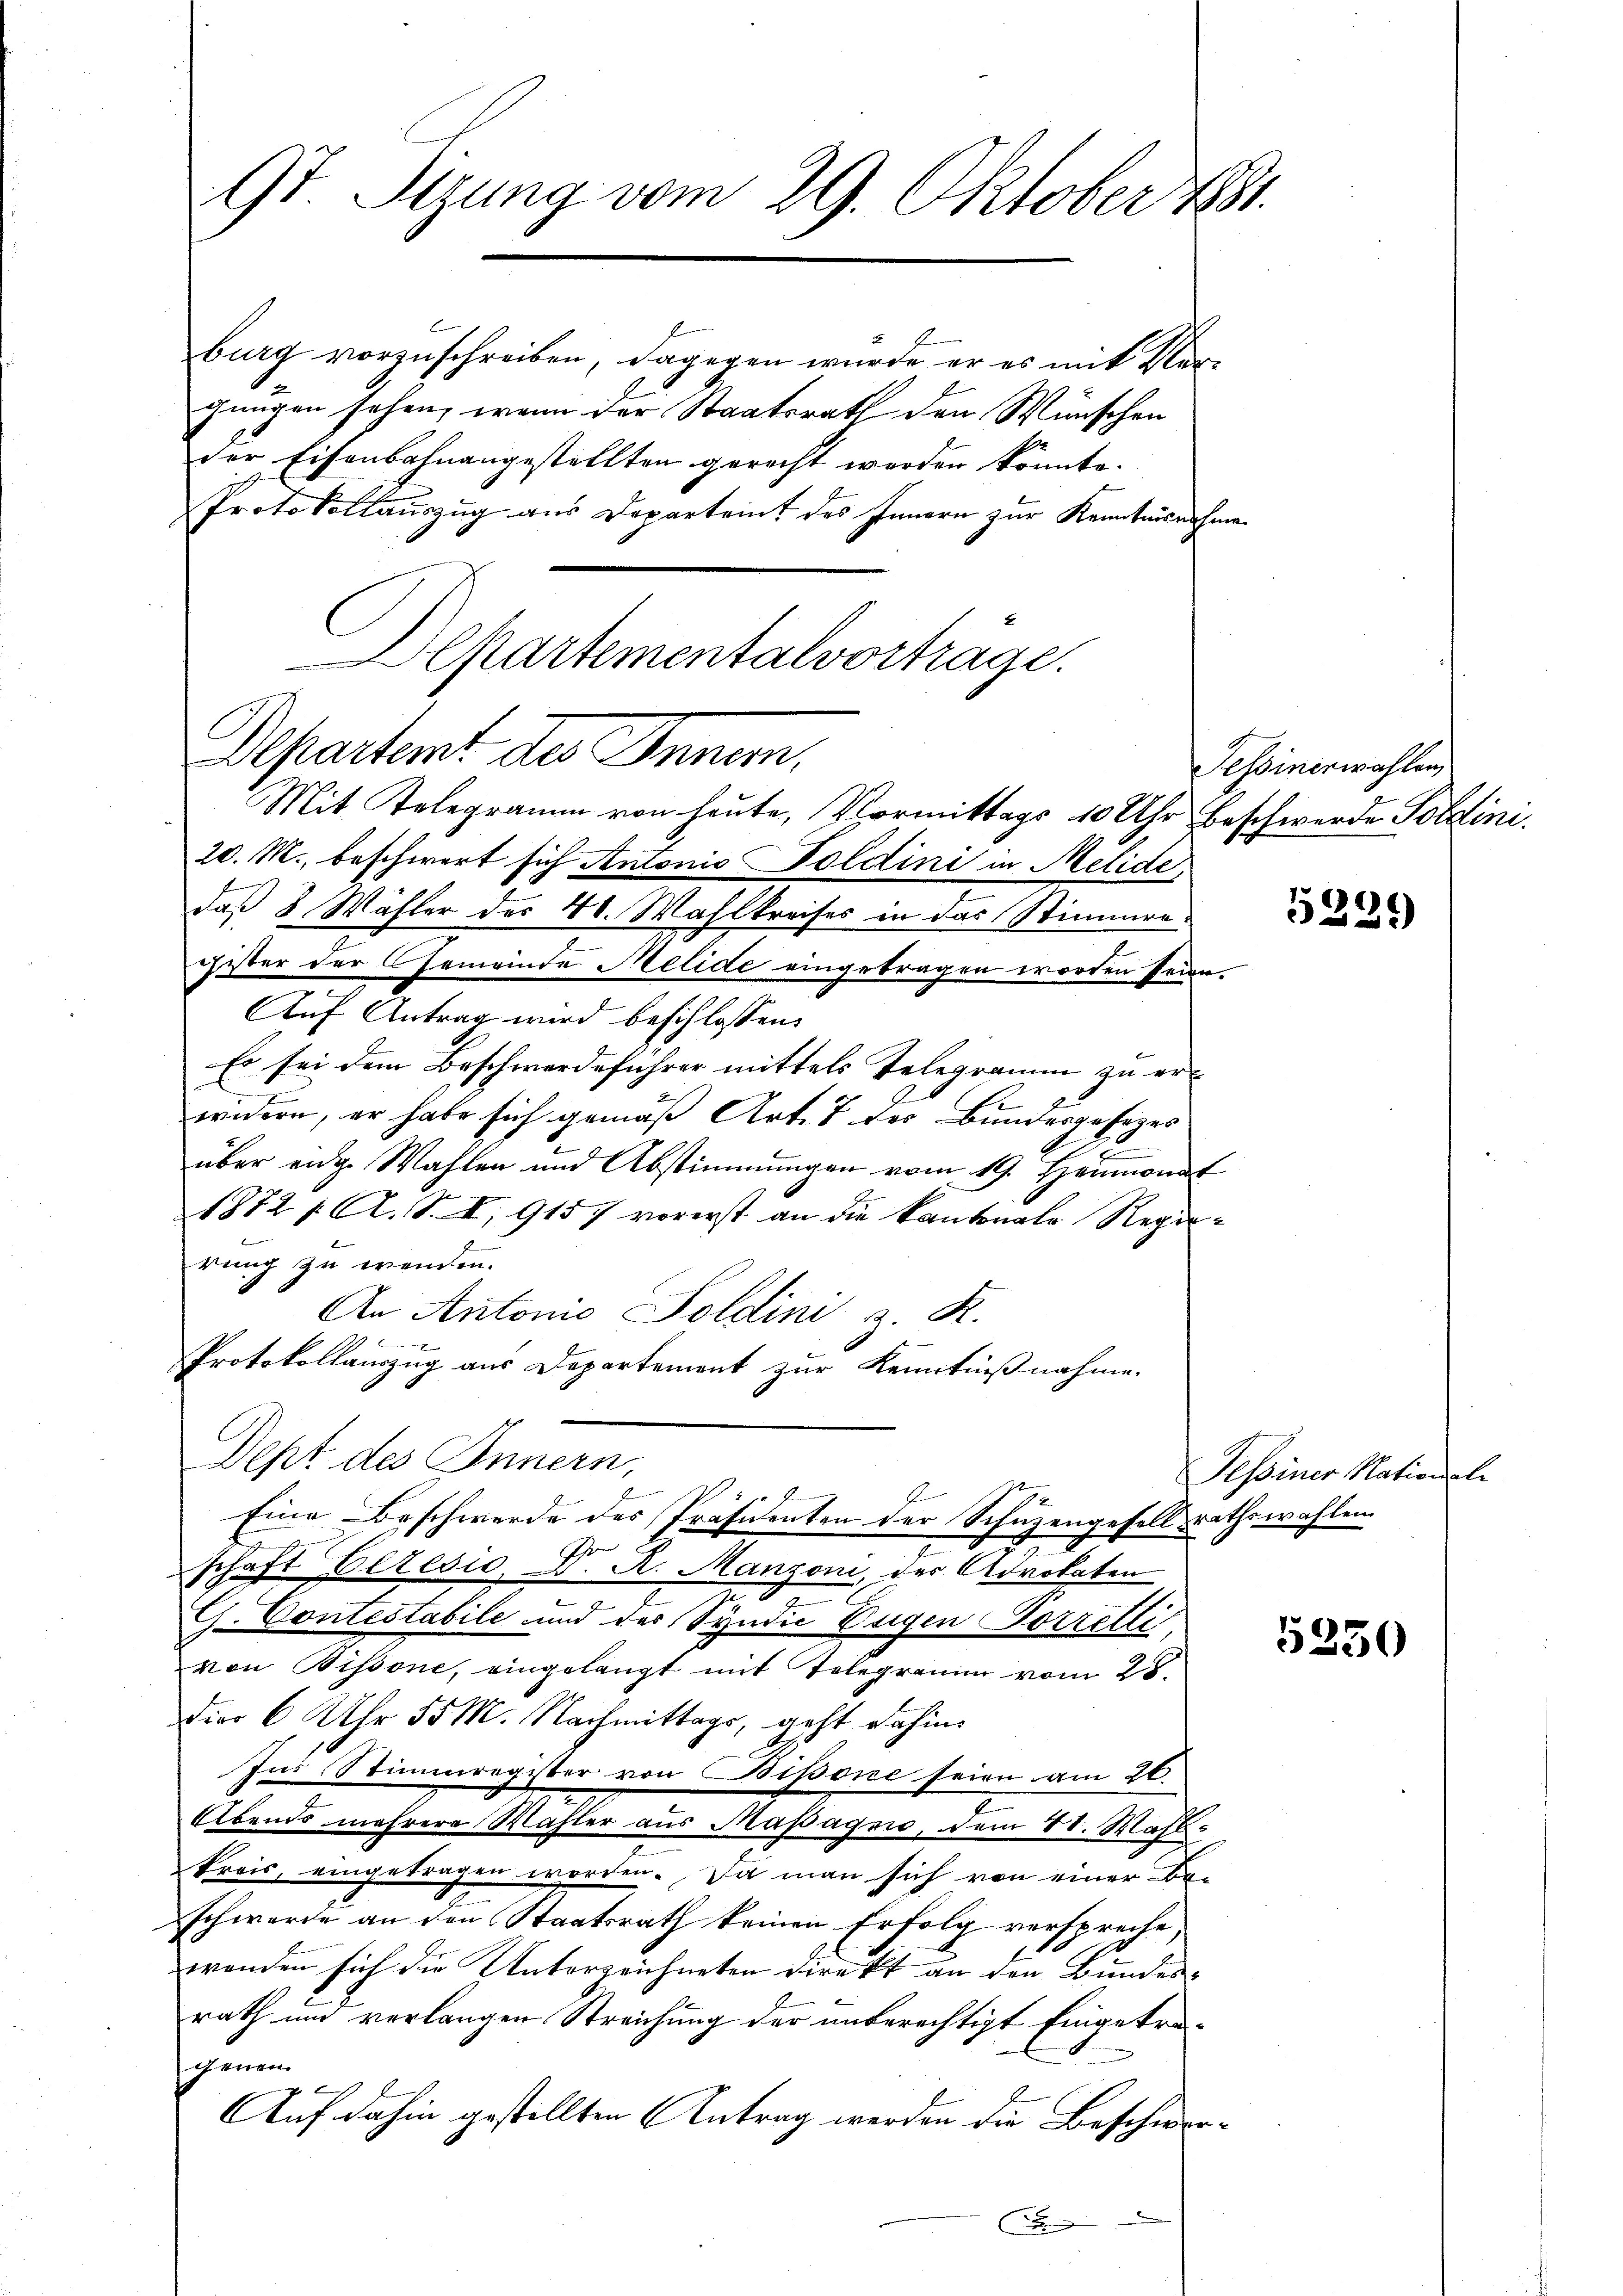
9t. Sizung vom 29. Oktober 1881.

Ber
burg vorzuschreiben, dagegen wurde er es mit Verchungen sehen, wenn der Staatsrath den Wünschen
der Eisenbahnangestellten gerecht werden könnte.
Protokollauszug aus Departeit des Innern zur Kenntnisnahmen
20. M., beschwert sich Antonio Soldini in Melide,
daß 8 Wähler der 41. Wahlkreises in das Stimmenx
gister der Gemeinde Melide eingetragen worden seien.
Auf Antrag wird beschlossen:
Es sei dem Beschwerdeführer mittels Telegramm zu er-
widern, er habe sich gemäß Art. 7 des Bundesgesezes
über eidg. Wahlen und Abstimmungen vom 19. Heumonat
1872 f. A. S. I, 915) vorerst an die Kantonale Regierung zu wenden.
An Antonio Soldini z. R.
2
Protokollauszug aus Departement zur Kenntnißnahme.
Dept des Innern,
Eine Beschwerde des Präsidenten der Schuzengesellsrathswahlen
S
schaft beresio, A. A. Manzoni, der Advokaten
e
G. Contestabile und des Syndić Eugen Forrelli
von Bissone, eingelangt mit Telegramm vom 28.
dier 6 Uhr 55 M. Nachmittags, geht dahin
Ins Stimmregister von Bipone seien am 20.
Abends mehrere Wahler aus Rapagnie, dem 8. Mahlkreis, eingetragen worden. Da man sich von einer Be-
schwerde an den Staatsrath keinen Erfolg verspreche,
wanden sich die Unterzeichneten direkt an den Bundes-
rath und verlangen Streichung der unberechtigt Eingetragenem
Auf dahin gestellten Antrag werden die Beschwer¬

Departementalvortrage.
Departent des Inner,
Mit Telegramm von heute, Vormittags 10 Uhr beschwerde Soldini.

Sessinerwahlen

5229

Tessiner Nationale

5350